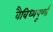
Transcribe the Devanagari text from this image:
वैविध्यपूर्णा